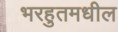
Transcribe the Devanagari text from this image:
भरहुतमधील